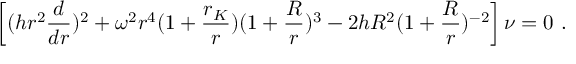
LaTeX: \left[ ( h r ^ { 2 } { \frac { d } { d r } } ) ^ { 2 } + \omega ^ { 2 } r ^ { 4 } ( 1 + { \frac { r _ { K } } { r } } ) ( 1 + { \frac { R } { r } } ) ^ { 3 } - 2 h R ^ { 2 } ( 1 + { \frac { R } { r } } ) ^ { - 2 } \right] \nu = 0 \ .